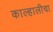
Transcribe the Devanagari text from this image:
काल्हालीचा